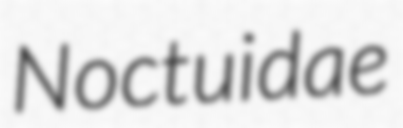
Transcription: Noctuidae